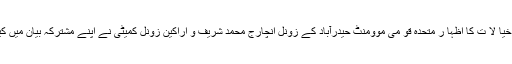
ان خیا لا ت کا اظہا ر متحدہ قو می موومنٹ حیدرآباد کے زونل انچارج محمد شریف و اراکین زونل کمیٹی نے اپنے مشترکہ بیان میں کیا ۔